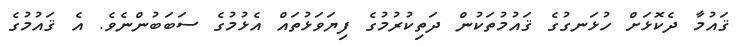
ޤައުމާ ދެކޮޅަށް ހުޅަނގުގެ ޤައުމުތަކުން ދަތިކުރުމުގެ ފިޔަވަޅުތައް އެޅުމުގެ ސަބަބުންނެވެ. އެ ޤައުމުގެ